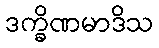
ဒက္ခိဏမာဒိသ